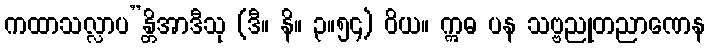
ကထာသလ္လာပ”န္တိအာဒီသု (ဒီ။ နိ။ ၃။၅၄) ဝိယ။ ဣဓ ပန သဗ္ဗညုတညာဏေန